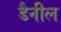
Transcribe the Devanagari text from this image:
डैनील